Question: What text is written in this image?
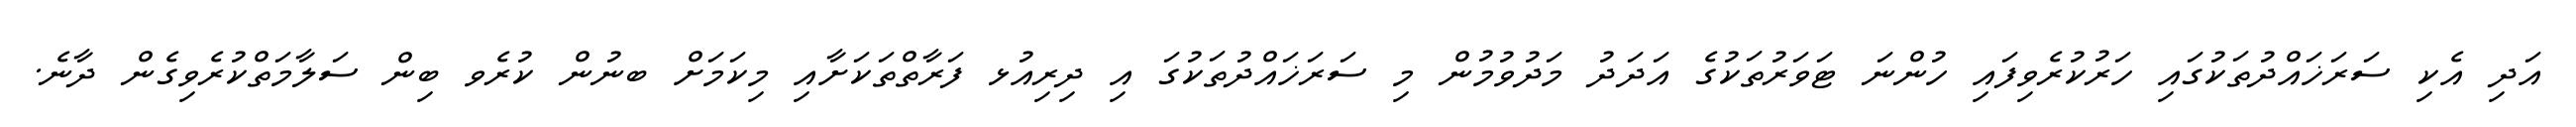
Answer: އަދި އެކި ސަރަޚައްދުތަކުގައި ހަރުކުރެވިފައި ހުންނަ ޓަވަރުތަކުގެ އަދަދު މަދުވުމުން މި ސަރަޚައްދުތަކުގަ އި ދިރިއުޅ ފަރާތްތަކަށާއި މިކަމަށް ބނުން ކުރެވ ބިން ސަލާމަތްކުރެވިގެން ދާނެ.